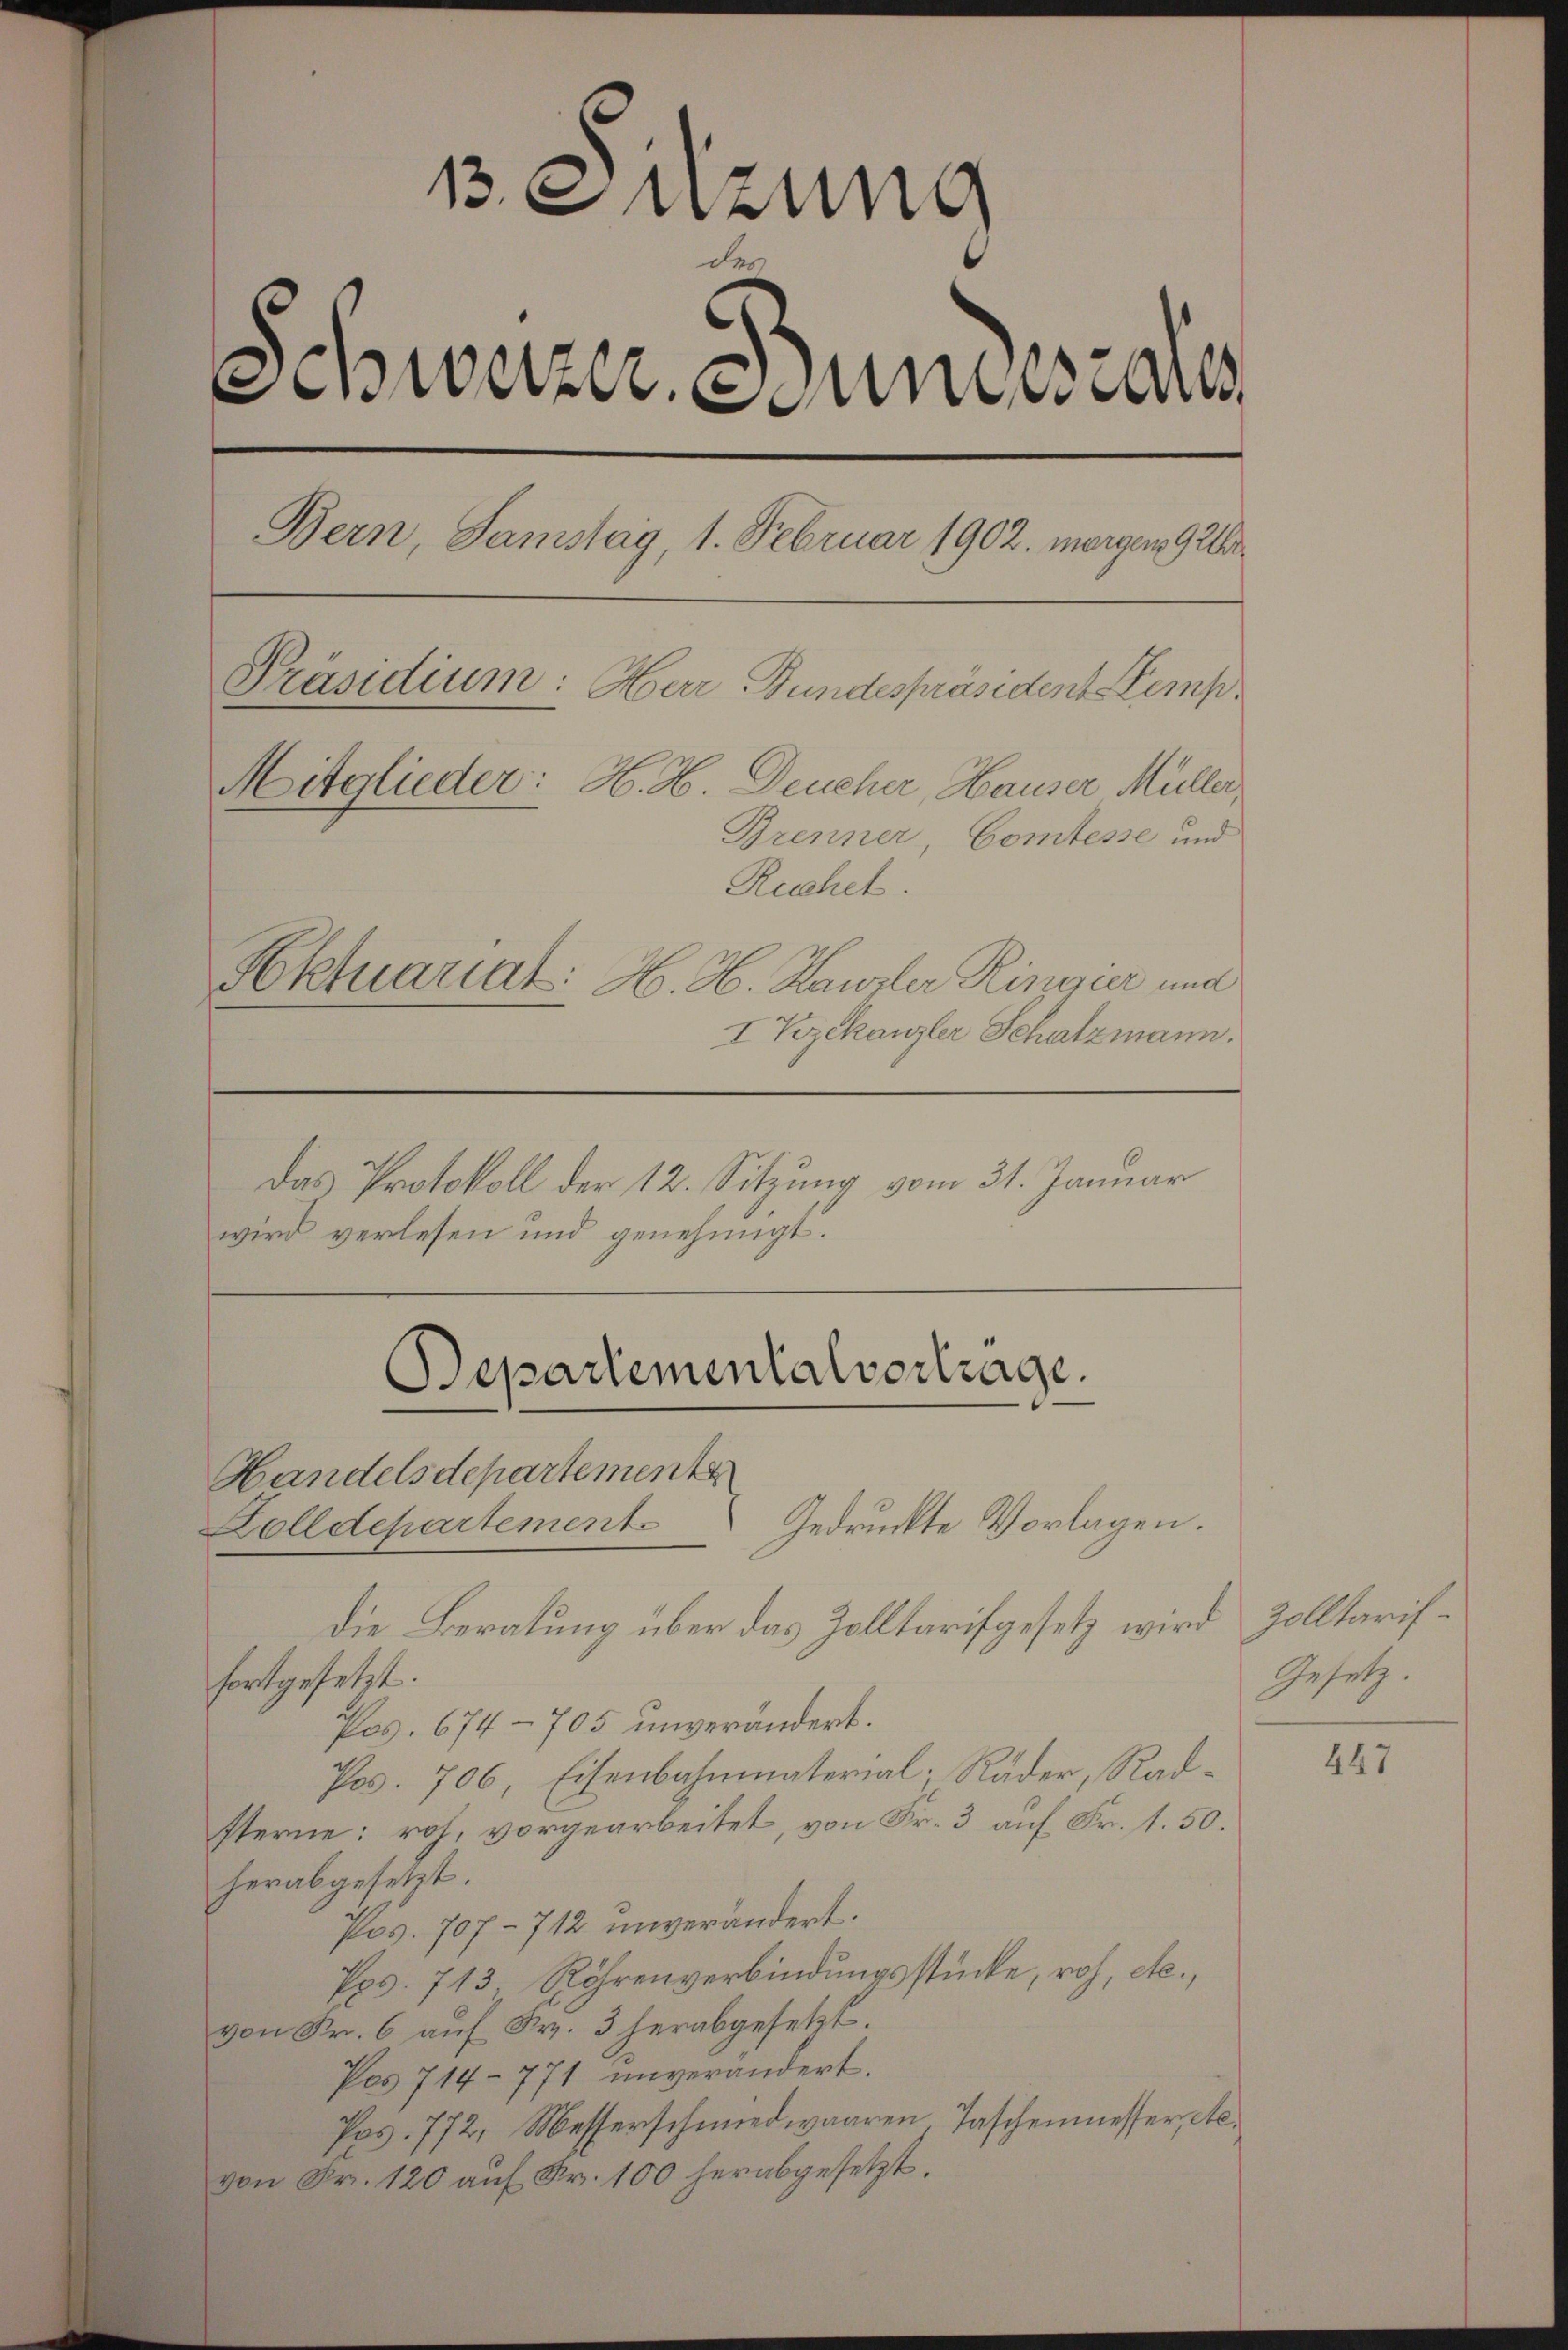
13. Suzung
des
ehwarzen und an
Bern, Samstag, 1. Februar 1902. morgen 92
Präsidium: Herr Bundespräsident Kemp¬
Mitglieder: H. H. Deucher, Hauser Müller,
Brenner, Comtesse und
Ruchet
Aktuariat: H. H. Kanzler Ringier und
I Vizekanzler Schatzmann.

Das Protokoll der 12. Sitzung vom 31. Januar
wird verlesen und genehmigt.

Handelsdepartemente
Zolldepartement Gedruckte Vorlagen.
die Beratung über das Zolltarifgesetz wird Zolltariffortgesetzt.
Pag. 674-705 unverändert.
Pos. 706, Eisenbahnmaterial; Räder, Radsterne: roh, vorgearbeitet, von Fr. 3 auf Fr. 1. 50.
herabgesetzt.
Pos. 707 - 712 unverändert.
Pps. 713 Röhrenverbindungsstücke, roh, etc.,
von Fr. 6 aŭf Fr. 3 herabgesetzt.
Pas 714-771 unverändert.
Pos. 772, Messerschmiedwaaren, Taschenmesser, etc.
von Fr. 120 aŭf Fr. 100 herabgesetzt.

Bepartementalvertrage.

Gesetz.

447